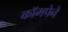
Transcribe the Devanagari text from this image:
कॉमपेने